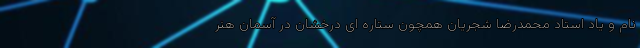
نام و یاد استاد محمدرضا شجریان همچون ستاره ای درخشان در آسمان هنر